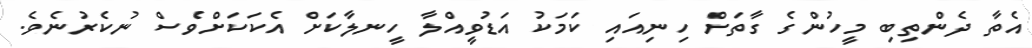
އެތާ ދެންތިބި މީހުންގެ ގާތަށް ހިނިއައި ކަމަކު އަޑުވީއްލާ ހީނލާކަށް އެކަކަށްވެސް ނުކެރުނެވެ.